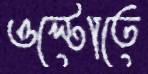
ওল্টোতে